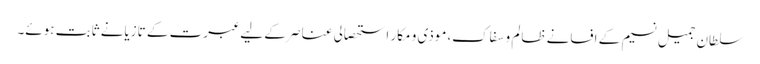
سلطان جمیل نسیم کے افسانے ظالم و سفاک،موذی و مکار استحصالی عناصر کے لیے عبرت کے تازیانے ثابت ہوئے۔